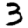
Digit: 3